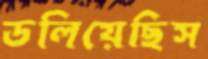
ডলিয়েছিস